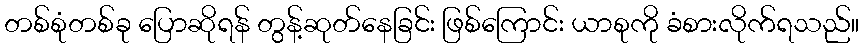
တစ်စုံတစ်ခု ပြောဆိုရန် တွန့်ဆုတ်နေခြင်း ဖြစ်ကြောင်း ယာစုကို ခံစားလိုက်ရသည်။